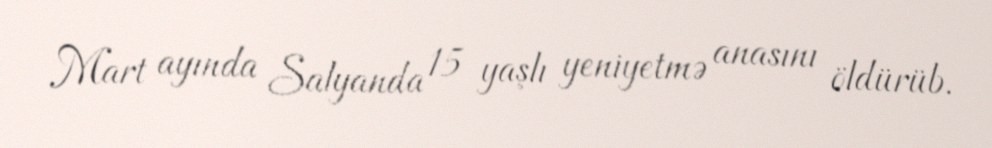
Mart ayında Salyanda 15 yaşlı yeniyetmə anasını öldürüb.